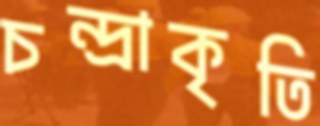
চন্দ্রাকৃতি